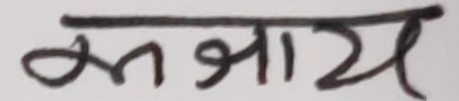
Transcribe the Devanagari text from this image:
अभावजय